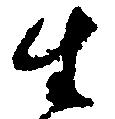
生